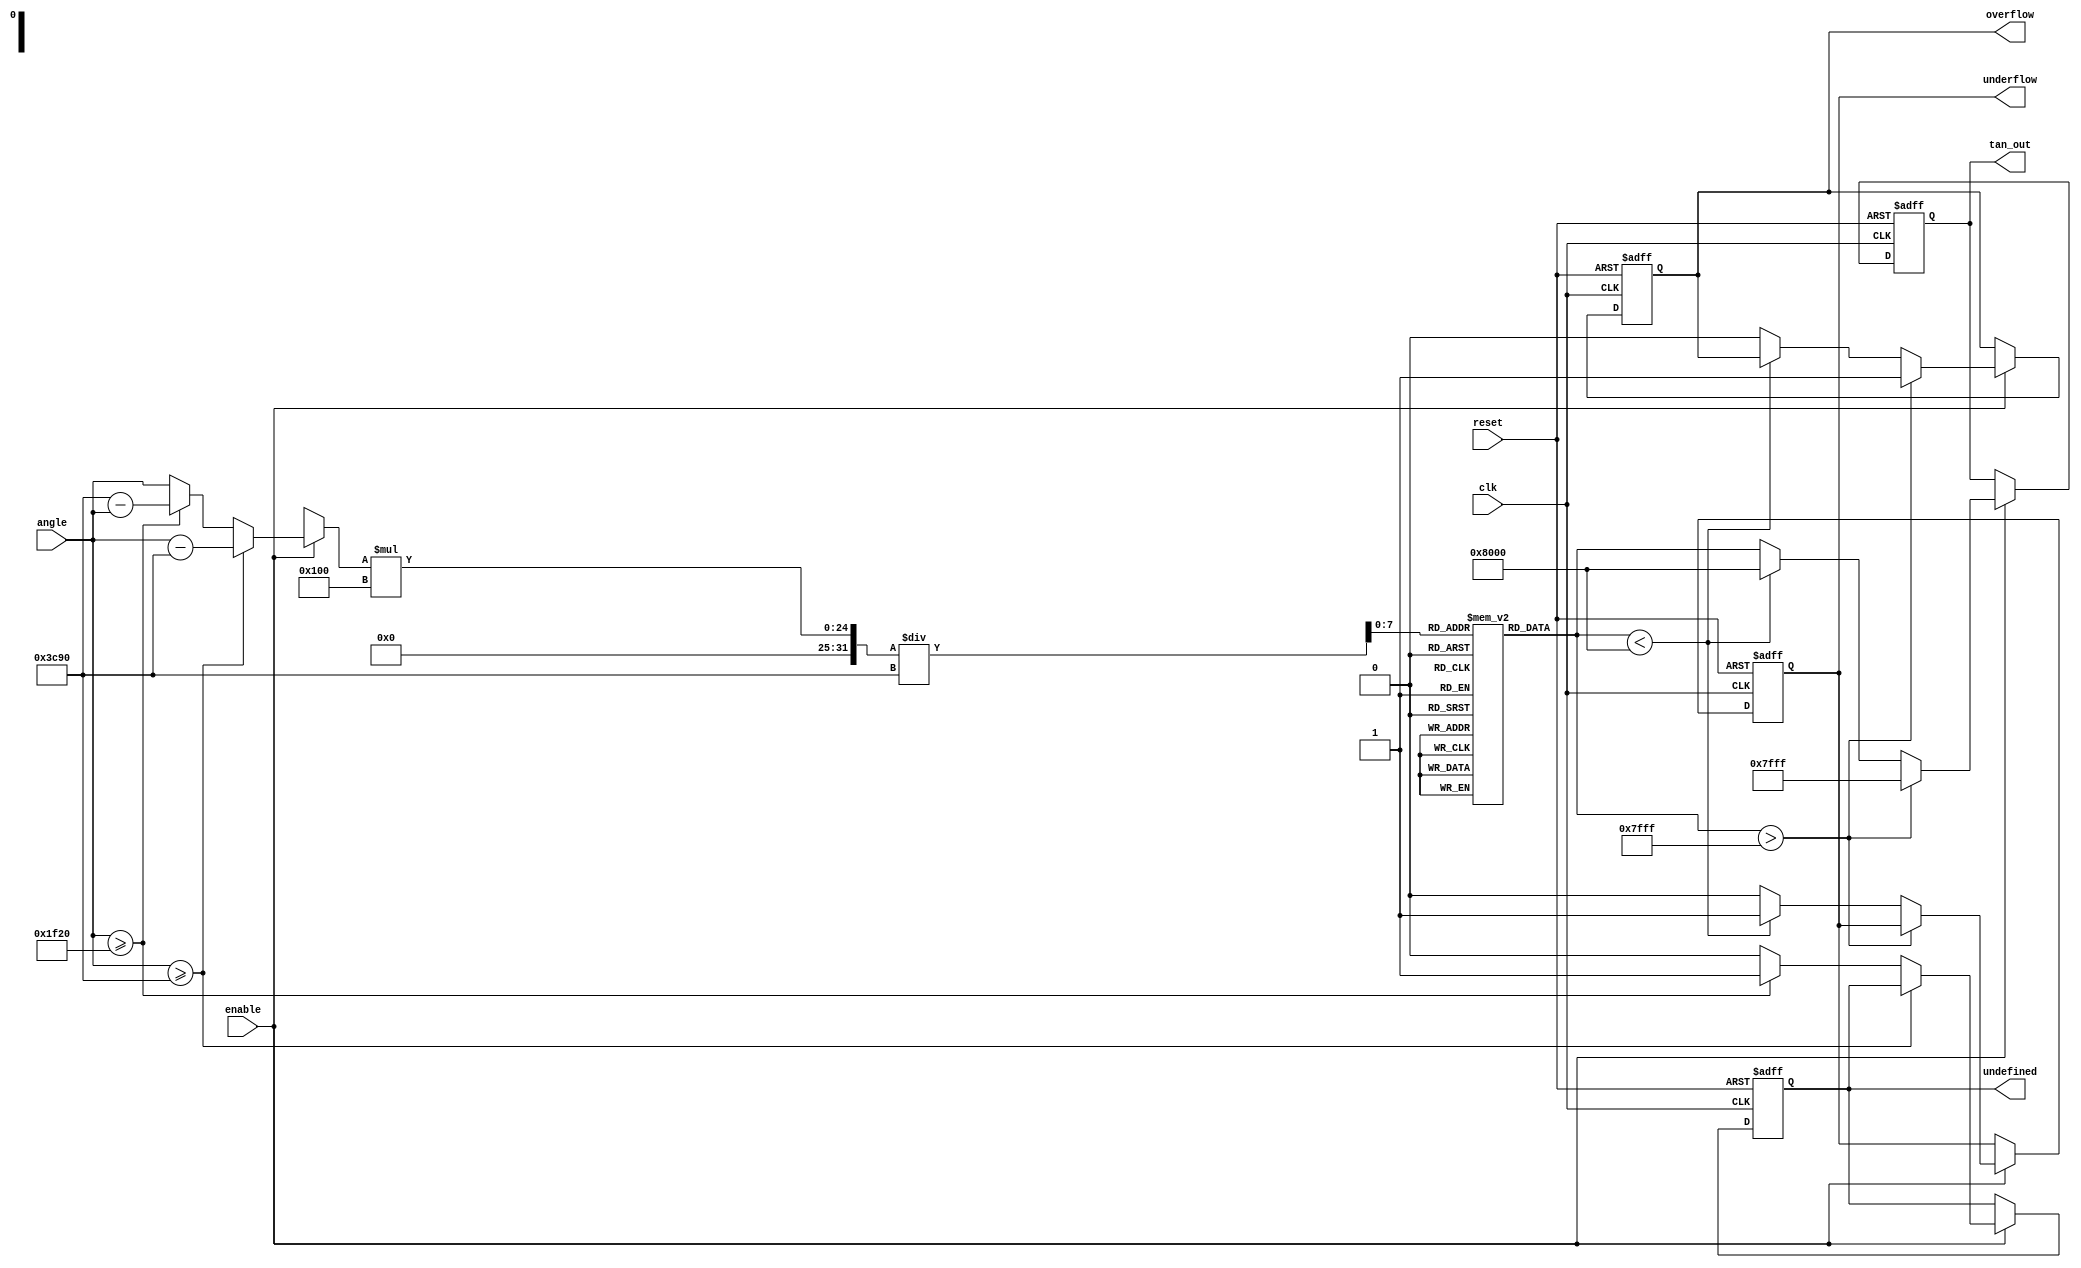
module tan_arithmetic_block (
    input wire [15:0] angle, // Input angle in radians (fixed-point representation)
    input wire clk,          // Clock signal
    input wire reset,        // Reset signal
    input wire enable,       // Enable signal
    output reg [15:0] tan_out, // Output tangent value (fixed-point representation)
    output reg overflow,     // Overflow flag
    output reg underflow,    // Underflow flag
    output reg undefined      // Undefined flag for tan(/2), tan(3/2), etc.
);

    // Parameters
    parameter LUT_SIZE = 256; // Size of the lookup table
    parameter PI = 16'h3C90;   // Approximation of  in fixed-point
    parameter PI_OVER_2 = 16'h1F20; // Approximation of /2 in fixed-point

    // Lookup table for tangent values (precomputed)
    reg [15:0] tan_lut [0:LUT_SIZE-1];

    // Initialize the LUT with precomputed tangent values
    initial begin
        // Fill the LUT with tangent values for angles from 0 to /2
        // This is a simplified example; in practice, you would compute these values
        // and fill the LUT accordingly.
        tan_lut[0] = 16'h0000; // tan(0)
        tan_lut[1] = 16'h0001; // tan(0.01)
        // ... Fill in the rest of the LUT ...
        tan_lut[LUT_SIZE-1] = 16'h7FFF; // tan(/2) (undefined)
    end

    // Internal signals
    reg [15:0] angle_reduced; // Reduced angle
    reg [7:0] lut_index;      // Index for LUT
    reg [15:0] tan_value;     // Tangent value from LUT

    // Range reduction and LUT access
    always @(posedge clk or posedge reset) begin
        if (reset) begin
            tan_out <= 16'h0000;
            overflow <= 1'b0;
            underflow <= 1'b0;
            undefined <= 1'b0;
        end else if (enable) begin
            // Range reduction: map angle to [0, /2]
            if (angle >= PI) begin
                angle_reduced = angle - PI; // Reduce by 
            end else if (angle >= PI_OVER_2) begin
                angle_reduced = PI - angle; // Reflect around /2
                undefined <= 1'b1; // Mark as undefined
            end else begin
                angle_reduced = angle; // No reduction needed
                undefined <= 1'b0; // Defined value
            end

            // Calculate LUT index
            lut_index = (angle_reduced * LUT_SIZE) / PI; // Scale to LUT size

            // Get tangent value from LUT
            tan_value = tan_lut[lut_index];

            // Check for overflow/underflow
            if (tan_value > 16'h7FFF) begin
                overflow <= 1'b1;
                tan_out <= 16'h7FFF; // Saturate to max value
            end else if (tan_value < 16'h8000) begin
                underflow <= 1'b1;
                tan_out <= 16'h8000; // Saturate to min value
            end else begin
                overflow <= 1'b0;
                underflow <= 1'b0;
                tan_out <= tan_value; // Output the tangent value
            end
        end
    end

endmodule